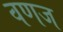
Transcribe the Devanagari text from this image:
वणज